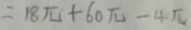
= 1 8 \pi + 6 0 \pi - 4 \pi